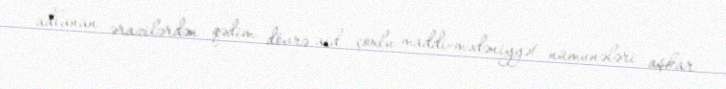
adlanan ərazilərdən qədim dövrə aid çoxlu maddi-mədəniyyət nümunələri aşkar